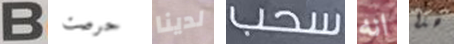
B حرصت لدينا سحب انه هذا